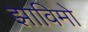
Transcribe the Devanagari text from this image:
झाविमो